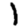
Digit: 1